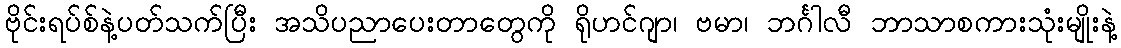
ဗိုင်းရပ်စ်နဲ့ပတ်သက်ပြီး အသိပညာပေးတာတွေကို ရိုဟင်ဂျာ၊ ဗမာ၊ ဘင်္ဂါလီ ဘာသာစကားသုံးမျိုးနဲ့